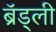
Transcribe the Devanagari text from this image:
ब्रॅड्ली